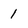
Character: 1